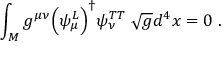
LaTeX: \int _ { M } g ^ { \mu \nu } \Bigr ( \psi _ { \mu } ^ { L } \Bigr ) ^ { \dagger } \psi _ { \nu } ^ { T T } \; \sqrt { g } d ^ { 4 } x = 0 \; .